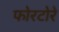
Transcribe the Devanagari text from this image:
फोरटोरे